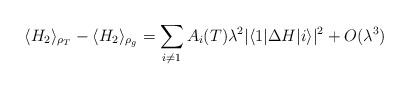
LaTeX: \begin{align*}\langle H_2\rangle_{\rho_T}-\langle H_2\rangle_{\rho_g}=\sum_{i\neq1}A_i(T)\lambda^2|\langle1|\Delta H|i\rangle|^2+O(\lambda^3)\end{align*}